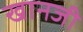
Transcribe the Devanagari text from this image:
खानजी